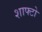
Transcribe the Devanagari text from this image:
शाफ्टो